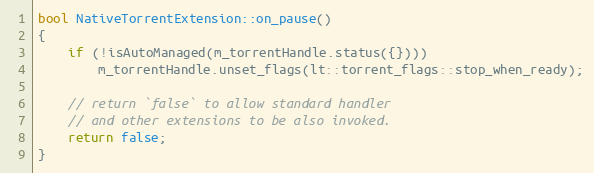
Language: C++
bool NativeTorrentExtension::on_pause()
{
    if (!isAutoManaged(m_torrentHandle.status({})))
        m_torrentHandle.unset_flags(lt::torrent_flags::stop_when_ready);

    // return `false` to allow standard handler
    // and other extensions to be also invoked.
    return false;
}